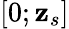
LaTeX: [0;\mathbf{z}_{s}]